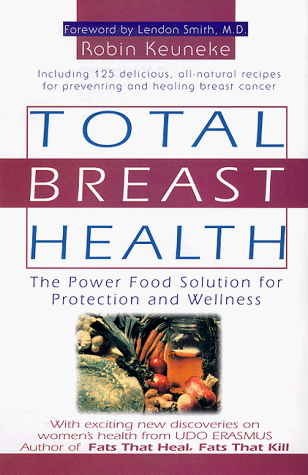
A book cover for Total Breast Health: The Power Food Solution for Protection and Wellness; Robin Keuneke; Health, Fitness & Dieting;